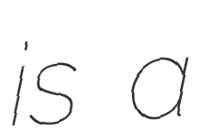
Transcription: is a